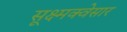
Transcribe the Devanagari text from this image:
सूक्ष्मक्वेसार